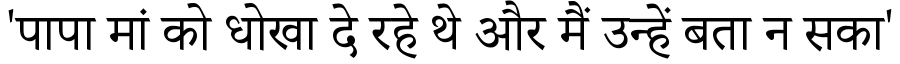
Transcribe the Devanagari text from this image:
'पापा मां को धोखा दे रहे थे और मैं उन्हें बता न सका'